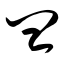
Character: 皿